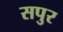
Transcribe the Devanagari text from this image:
सपुर